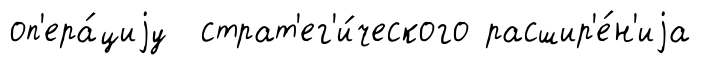
оп'ера́циjу страт'ег'и́ческого расшир'е́н'иjа